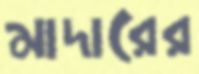
মাদারের